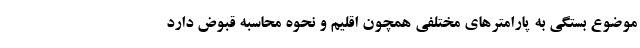
موضوع بستگی به پارامتر‌های مختلفی همچون اقلیم و نحوه محاسبه قبوض دارد